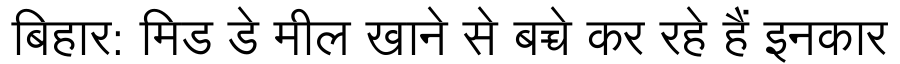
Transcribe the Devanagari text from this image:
बिहार: मिड डे मील खाने से बच्चे कर रहे हैं इनकार